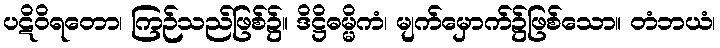
ပဋိဝိရတော၊ ကြဉ်သည်ဖြစ်၌။ ဒိဋ္ဌိဓမ္မိကံ၊ မျက်မှောက်၌ဖြစ်သော။ တံဘယံ၊